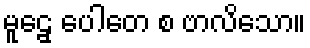
မူဠှေ ပေါတေ စ ဗာလိသော။